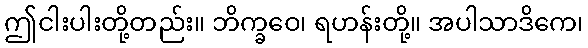
ဤငါးပါးတို့တည်း။ ဘိက္ခဝေ၊ ရဟန်းတို့။ အပါသာဒိကေ၊